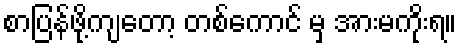
စာပြန်ဖို့ကျတော့ တစ်ကောင် မှ အားမကိုးရ။